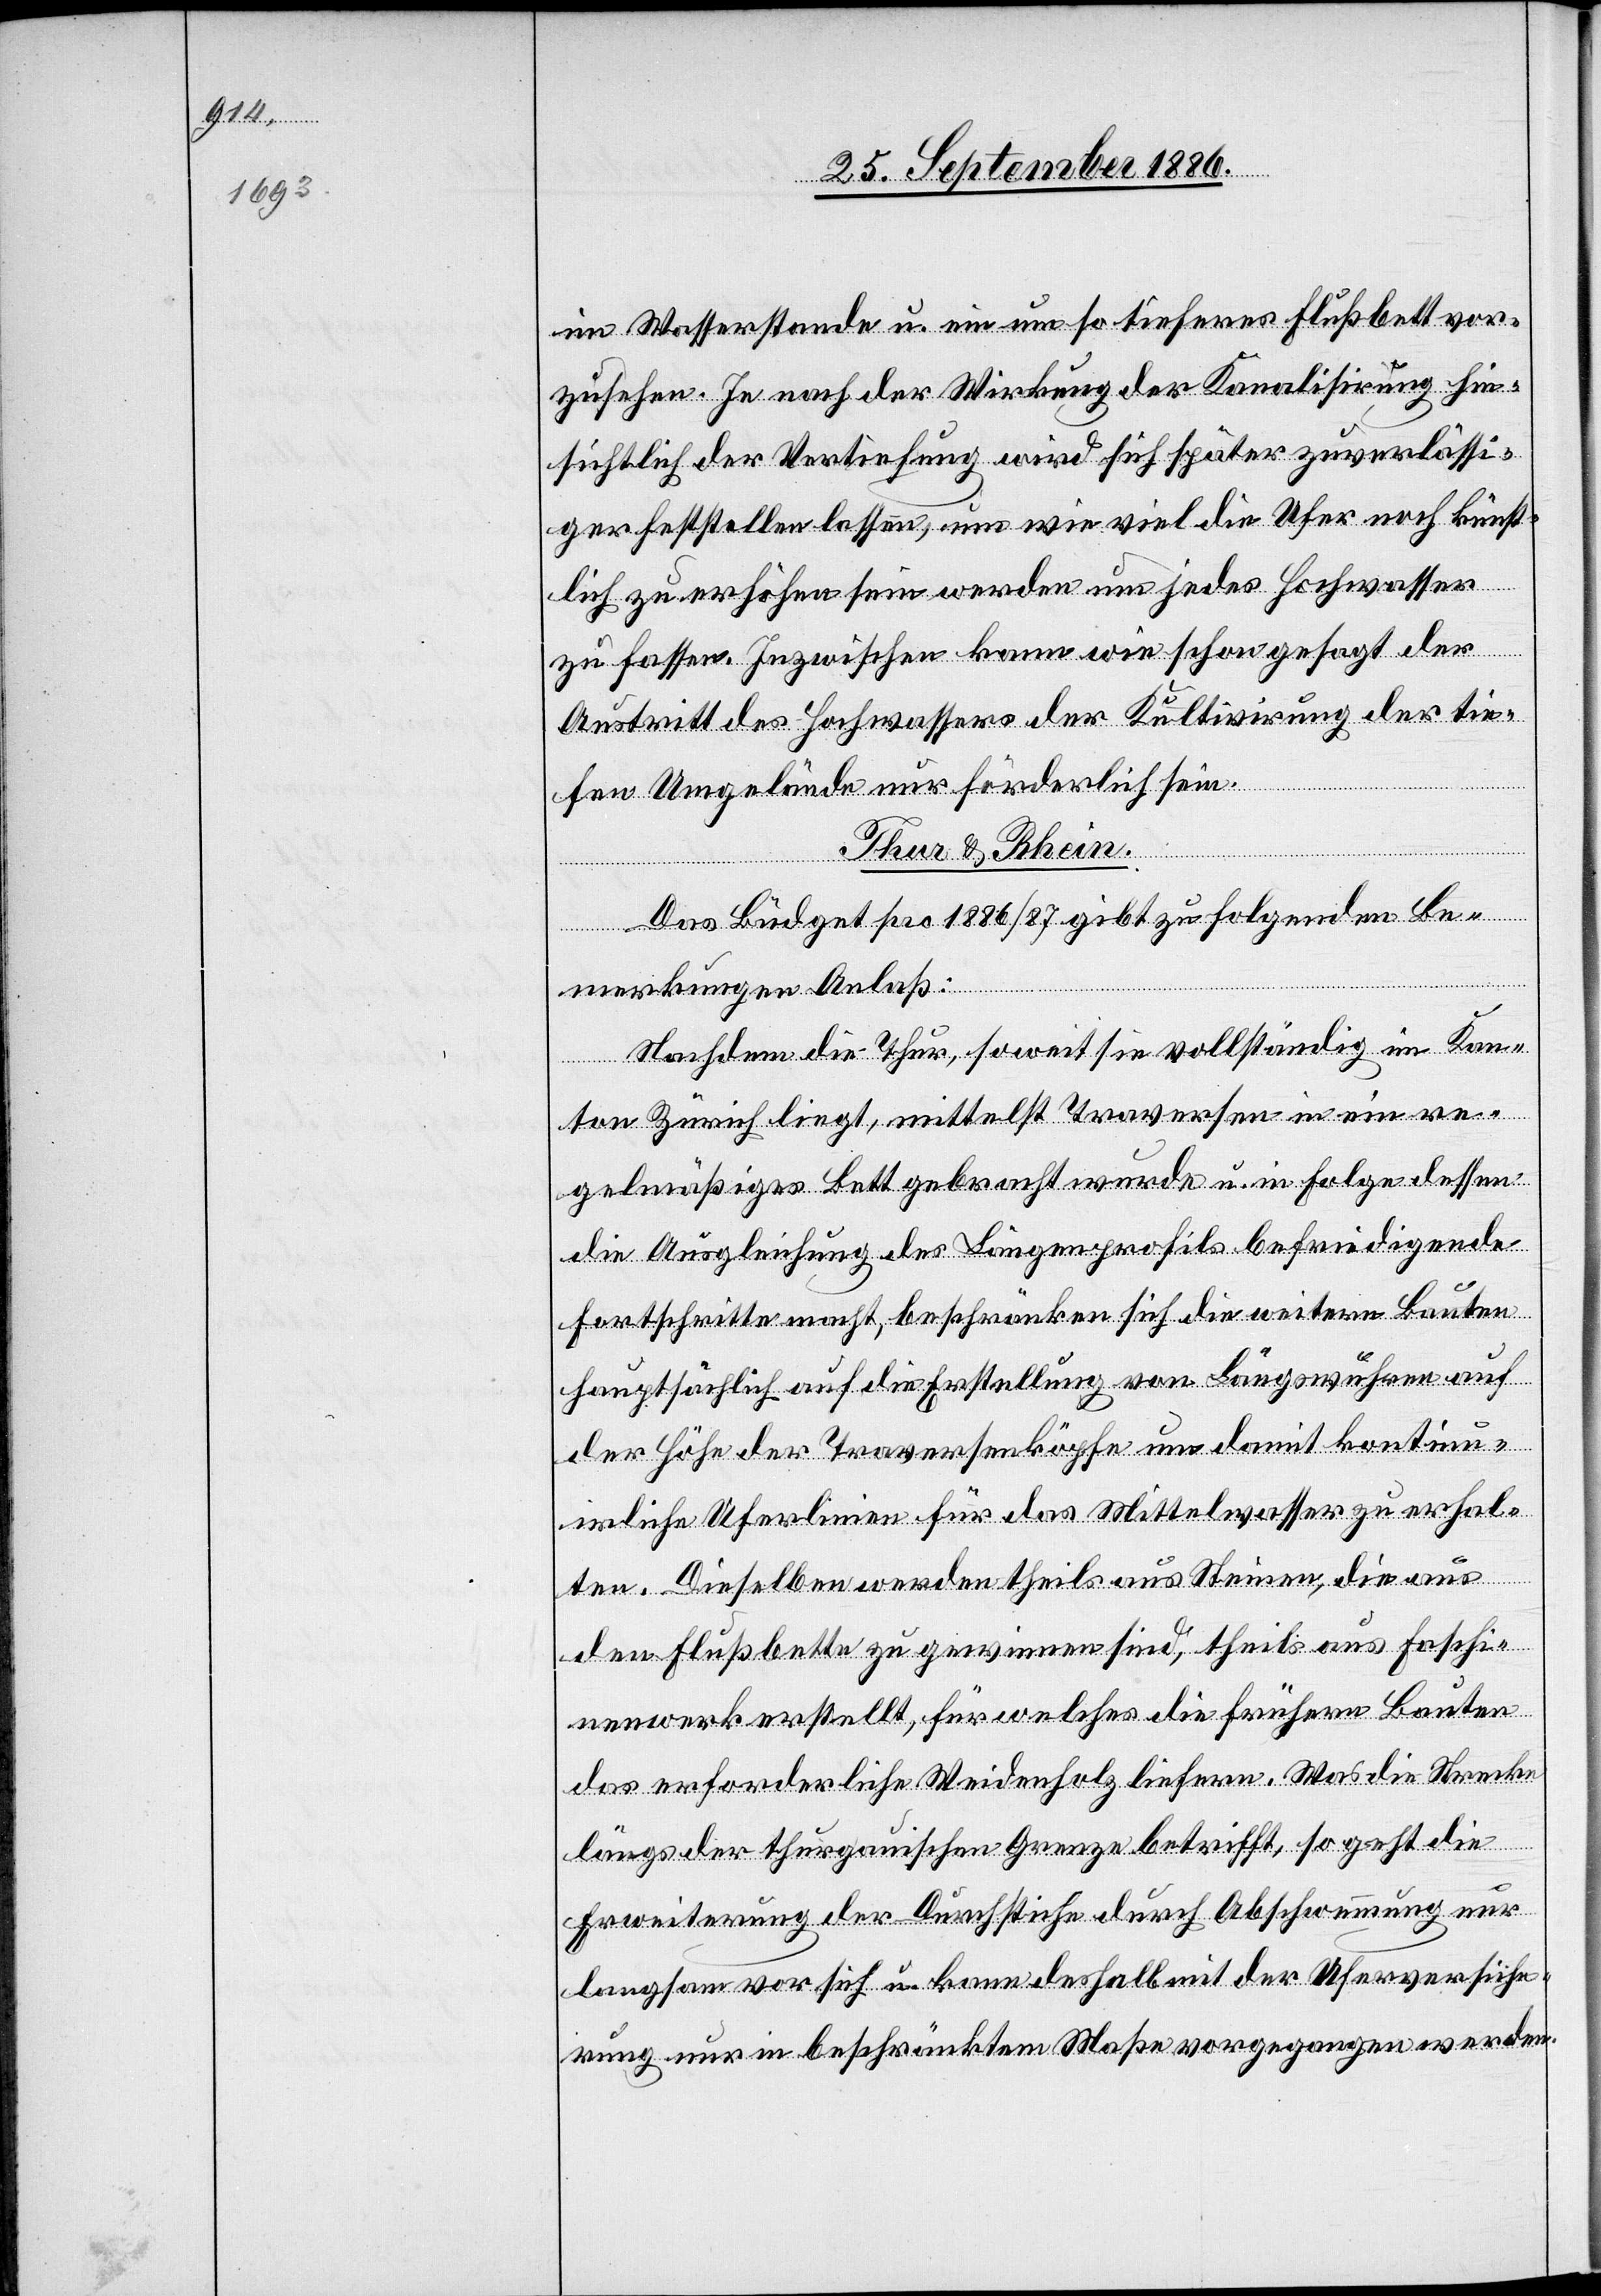
im Wasserstande u. ein um so tieferes Flußbett vor¬
zusehen. Je nach der Wirkung der Kanalisirung hin¬
sichtlich der Vertiefung wird sich später zuverlässi¬
ger feststellen lassen, um wie viel die Ufer noch künft¬
ig zu erhöhen sein werden um jedes Hochwasser
zu fassen. Inzwischen kann wie schon gesagt der
Austritt des Hochwassers der Kultivirung der tie¬
fen Umgelände nur förderlich sein.
den
Thur & Rhein.
Das Büdget pro 1886/87 gibt zu folgenden Be¬
merkungen Anlaß:
Nachdem die Thur, soweit sie vollständig im Kan¬
ton Zürich liegt, mittelst Traversen in ein re¬
gelmäßiges Bett gebracht wurde u. in Folge dessen
die Ausgleichung des Längenprofils befriedigende
Fortschritte macht, beschränken sich die weitern Bauten
hauptsächlich auf die Erstellung von Längswuhren auf
der Höhe der Traversenköpfe um damit kontinu¬
irliche Uferlinien für das Mittelwasser zu erhal¬
ten. Dieselben werden theils aus Steinen, die aus
Flußbette zu gewinnen sind, theils aus Faschi¬
nenwerk erstellt, für welches die frühern Bauten
das erforderliche Weidenholz liefern. Was die Strecke
längs der thurgauischen Grenze betrifft, so geht die
Erweiterung der Durchstiche durch Abschwemmung nur
langsam vor sich u. kann deshalb mit der Uferversiche¬
rung nur in beschränktem Maße vorgegangen werden.